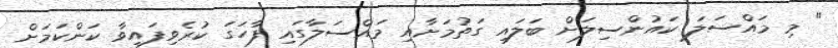
" މި މައްސަލަ ކައުންސިލަށް ބަލައި ގަތުމަށާއި މައްސަލާގައި ފާހަގަ ކުރެވިފައިވާ ކަންކަމަށް